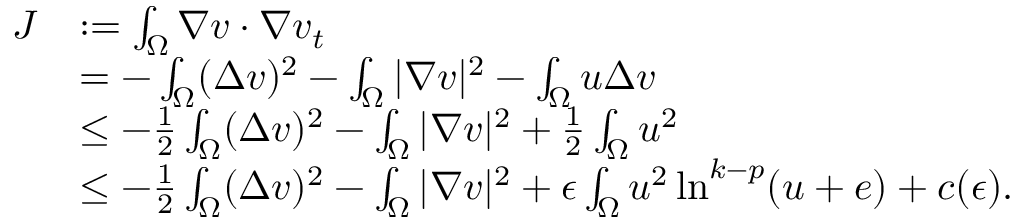
\begin{array} { r l } { J } & { : = \int _ { \Omega } \nabla v \cdot \nabla v _ { t } } \\ & { = - \int _ { \Omega } ( \Delta v ) ^ { 2 } - \int _ { \Omega } | \nabla v | ^ { 2 } - \int _ { \Omega } u \Delta v } \\ & { \leq - \frac { 1 } { 2 } \int _ { \Omega } ( \Delta v ) ^ { 2 } - \int _ { \Omega } | \nabla v | ^ { 2 } + \frac { 1 } { 2 } \int _ { \Omega } u ^ { 2 } } \\ & { \leq - \frac { 1 } { 2 } \int _ { \Omega } ( \Delta v ) ^ { 2 } - \int _ { \Omega } | \nabla v | ^ { 2 } + \epsilon \int _ { \Omega } u ^ { 2 } \ln ^ { k - p } ( u + e ) + c ( \epsilon ) . } \end{array}